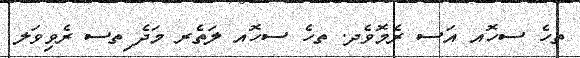
ތހެ ސހޮއ އަސ ރެމޮވެދ. ތހެ ސހޮއ ލަތެރ މަދެ ިތސ ރެވިވަލ